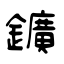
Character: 鑛